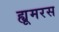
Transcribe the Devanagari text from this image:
ह्यूमरस